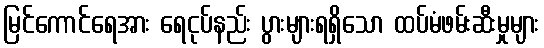
မြင်ကောင်ရေအား ရေငုပ်နည်း ပွားများရရှိသော ထပ်မံဖမ်းဆီးမှုများ